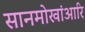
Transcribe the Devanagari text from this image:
सानमोखांआरि